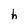
Character: h